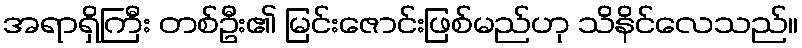
အရာရှိကြီး တစ်ဦး၏ မြင်းဇောင်းဖြစ်မည်ဟု သိနိင်လေသည်။